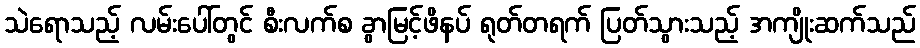
သဲရောသည့် လမ်းပေါ်တွင် စီးလက်စ ခွာမြင့်ဖိနပ် ရုတ်တရက် ပြတ်သွားသည့် အကျိုးဆက်သည်